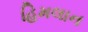
હિમલાન